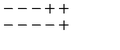
\begin{array} { c } { --- + + } \\ { --- - + } \\ \end{array}